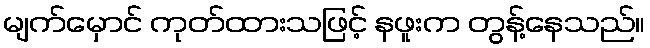
မျက်မှောင် ကုတ်ထားသဖြင့် နဖူးက တွန့်နေသည်။